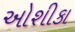
ઓશીકા